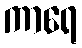
ကာရေ